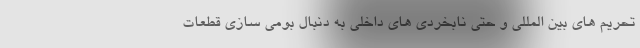
تحریم های بین المللی و حتی نابخردی های داخلی به دنبال بومی سازی قطعات